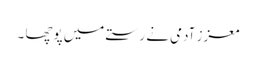
معزز آدمی نے رستے میں پوچھا ۔